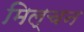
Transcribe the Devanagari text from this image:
मिल्चन